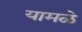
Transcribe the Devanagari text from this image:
यामळे